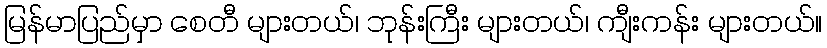
မြန်မာပြည်မှာ စေတီ များတယ်၊ ဘုန်းကြီး များတယ်၊ ကျီးကန်း များတယ်။